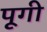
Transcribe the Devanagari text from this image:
पूगी